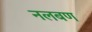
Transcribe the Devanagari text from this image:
नलबण